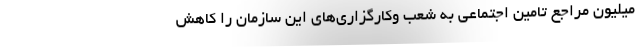
میلیون مراجع تامین اجتماعی به شعب وکارگزاری‌های این سازمان را کاهش